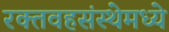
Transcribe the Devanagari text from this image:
रक्तवहसंस्थेमध्ये